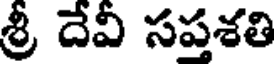
శ్రీ దేవీ సప్తశతి